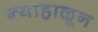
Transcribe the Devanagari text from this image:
न्याहाळून